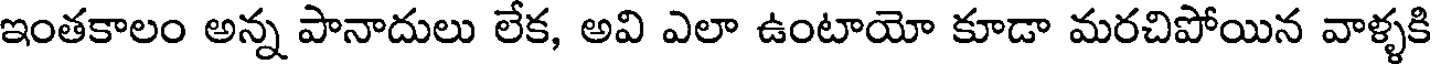
ఇంతకాలం అన్న పానాదులు లేక, అవి ఎలా ఉంటాయో కూడా మరచిపోయిన వాళ్ళకి